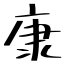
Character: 康